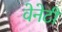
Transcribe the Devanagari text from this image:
वेनेटी